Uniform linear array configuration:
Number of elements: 48
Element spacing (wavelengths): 1
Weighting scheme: exponential
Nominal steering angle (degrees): -15
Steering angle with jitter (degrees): -13.87
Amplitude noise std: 0.05
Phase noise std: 0.05

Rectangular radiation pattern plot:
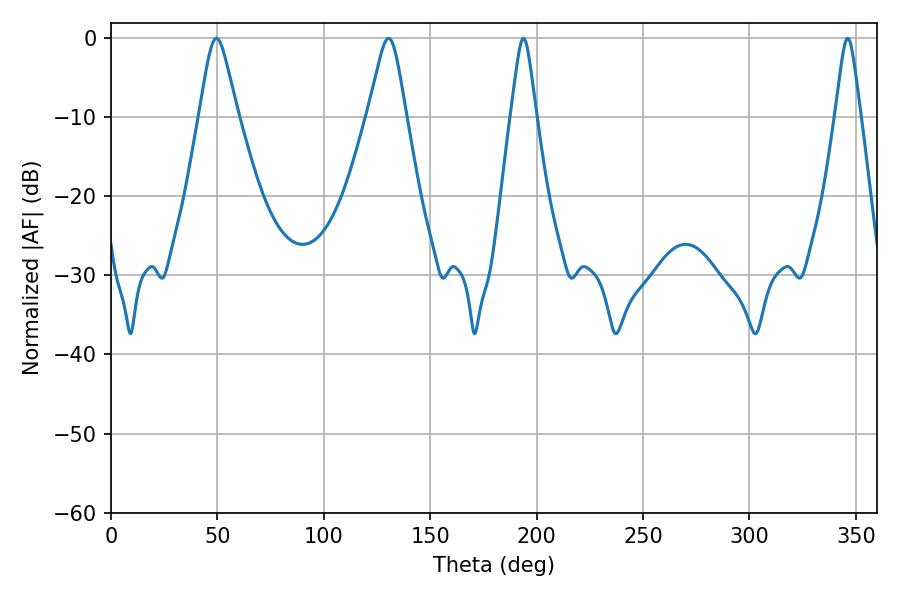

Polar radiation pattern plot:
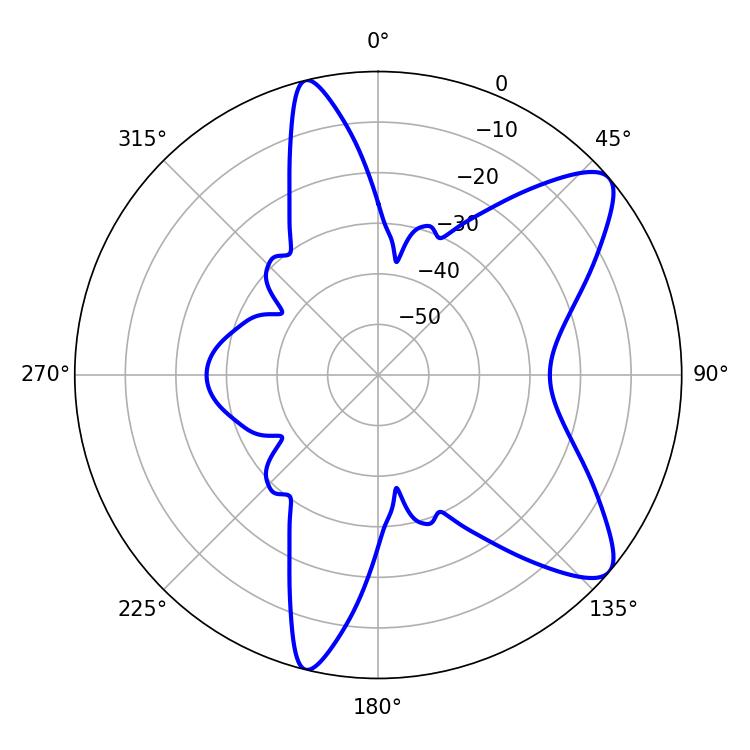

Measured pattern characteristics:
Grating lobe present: TRUE
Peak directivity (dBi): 9.518
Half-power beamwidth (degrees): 5.76
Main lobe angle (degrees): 193.86